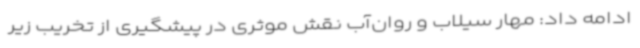
ادامه داد: مهار سیلاب و روان‌آب نقش موثری در پیشگیری از تخریب زیر